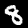
Label: 8